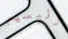
رئيسهم